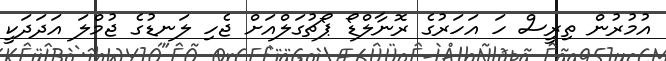
އުމުރުން ތިރީސް ހަ އަހަރުގެ ރޮނާލްޑޯ ޕޯޗުގަލްއަށް ޖެހި ލަނޑުގެ ޖުމްލަ އަދަދަކީ